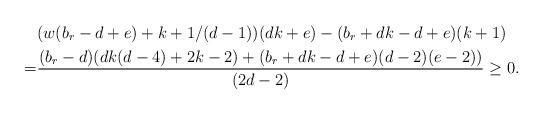
LaTeX: \begin{align*}& (w(b_r-d+e) + k+1/(d-1))(dk+e)-(b_r+dk-d+e)(k+1) \\= & \frac{(b_r-d)(dk(d-4) + 2k-2) + (b_r+dk-d+e)(d-2)(e-2) )}{(2d-2)} \ge0.\end{align*}